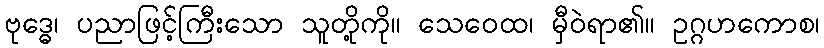
ဗုဒ္ဓေ၊ ပညာဖြင့်ကြီးသော သူတို့ကို။ သေဝေထ၊ မှီဝဲရာ၏။ ဥဂ္ဂဟကောစ၊